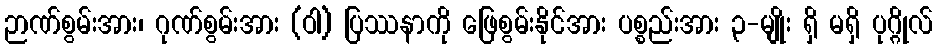
ဉာဏ်စွမ်းအား၊ ဂုဏ်စွမ်းအား (ဝါ) ပြဿနာကို ဖြေစွမ်းနိုင်အား ပစ္စည်းအား ၃-မျိုး ရှိ မရှိ ပုဂ္ဂိုလ်